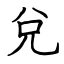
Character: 兌